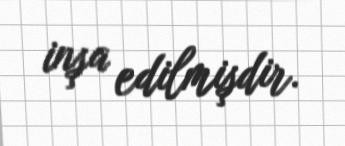
inşa edilmişdir.